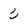
Character: 3